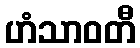
ဟံသာဝတီ